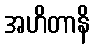
အဟိတာနိ